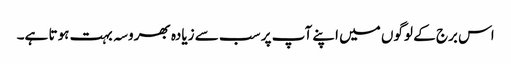
اس برج کے لوگوں میں اپنے آپ پر سب سے زیادہ بھروسہ بہت ہوتا ہے۔